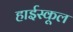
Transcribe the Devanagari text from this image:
हार्इस्कूल